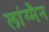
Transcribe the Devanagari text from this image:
लांग्मैन